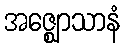
အဇ္ဈောသာနံ